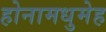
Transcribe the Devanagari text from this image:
होनामधुमेह